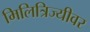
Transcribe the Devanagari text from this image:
मिलित्रिज्यीवर